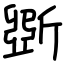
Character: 斲